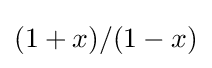
(1+x)/(1-x)